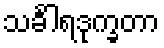
သင်္ခါရဒုက္ခတာ